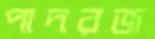
পাদরজ